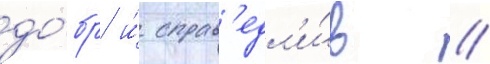
до́бр и́ справ'едл'и́в //